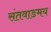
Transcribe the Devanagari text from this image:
संतवाङमय